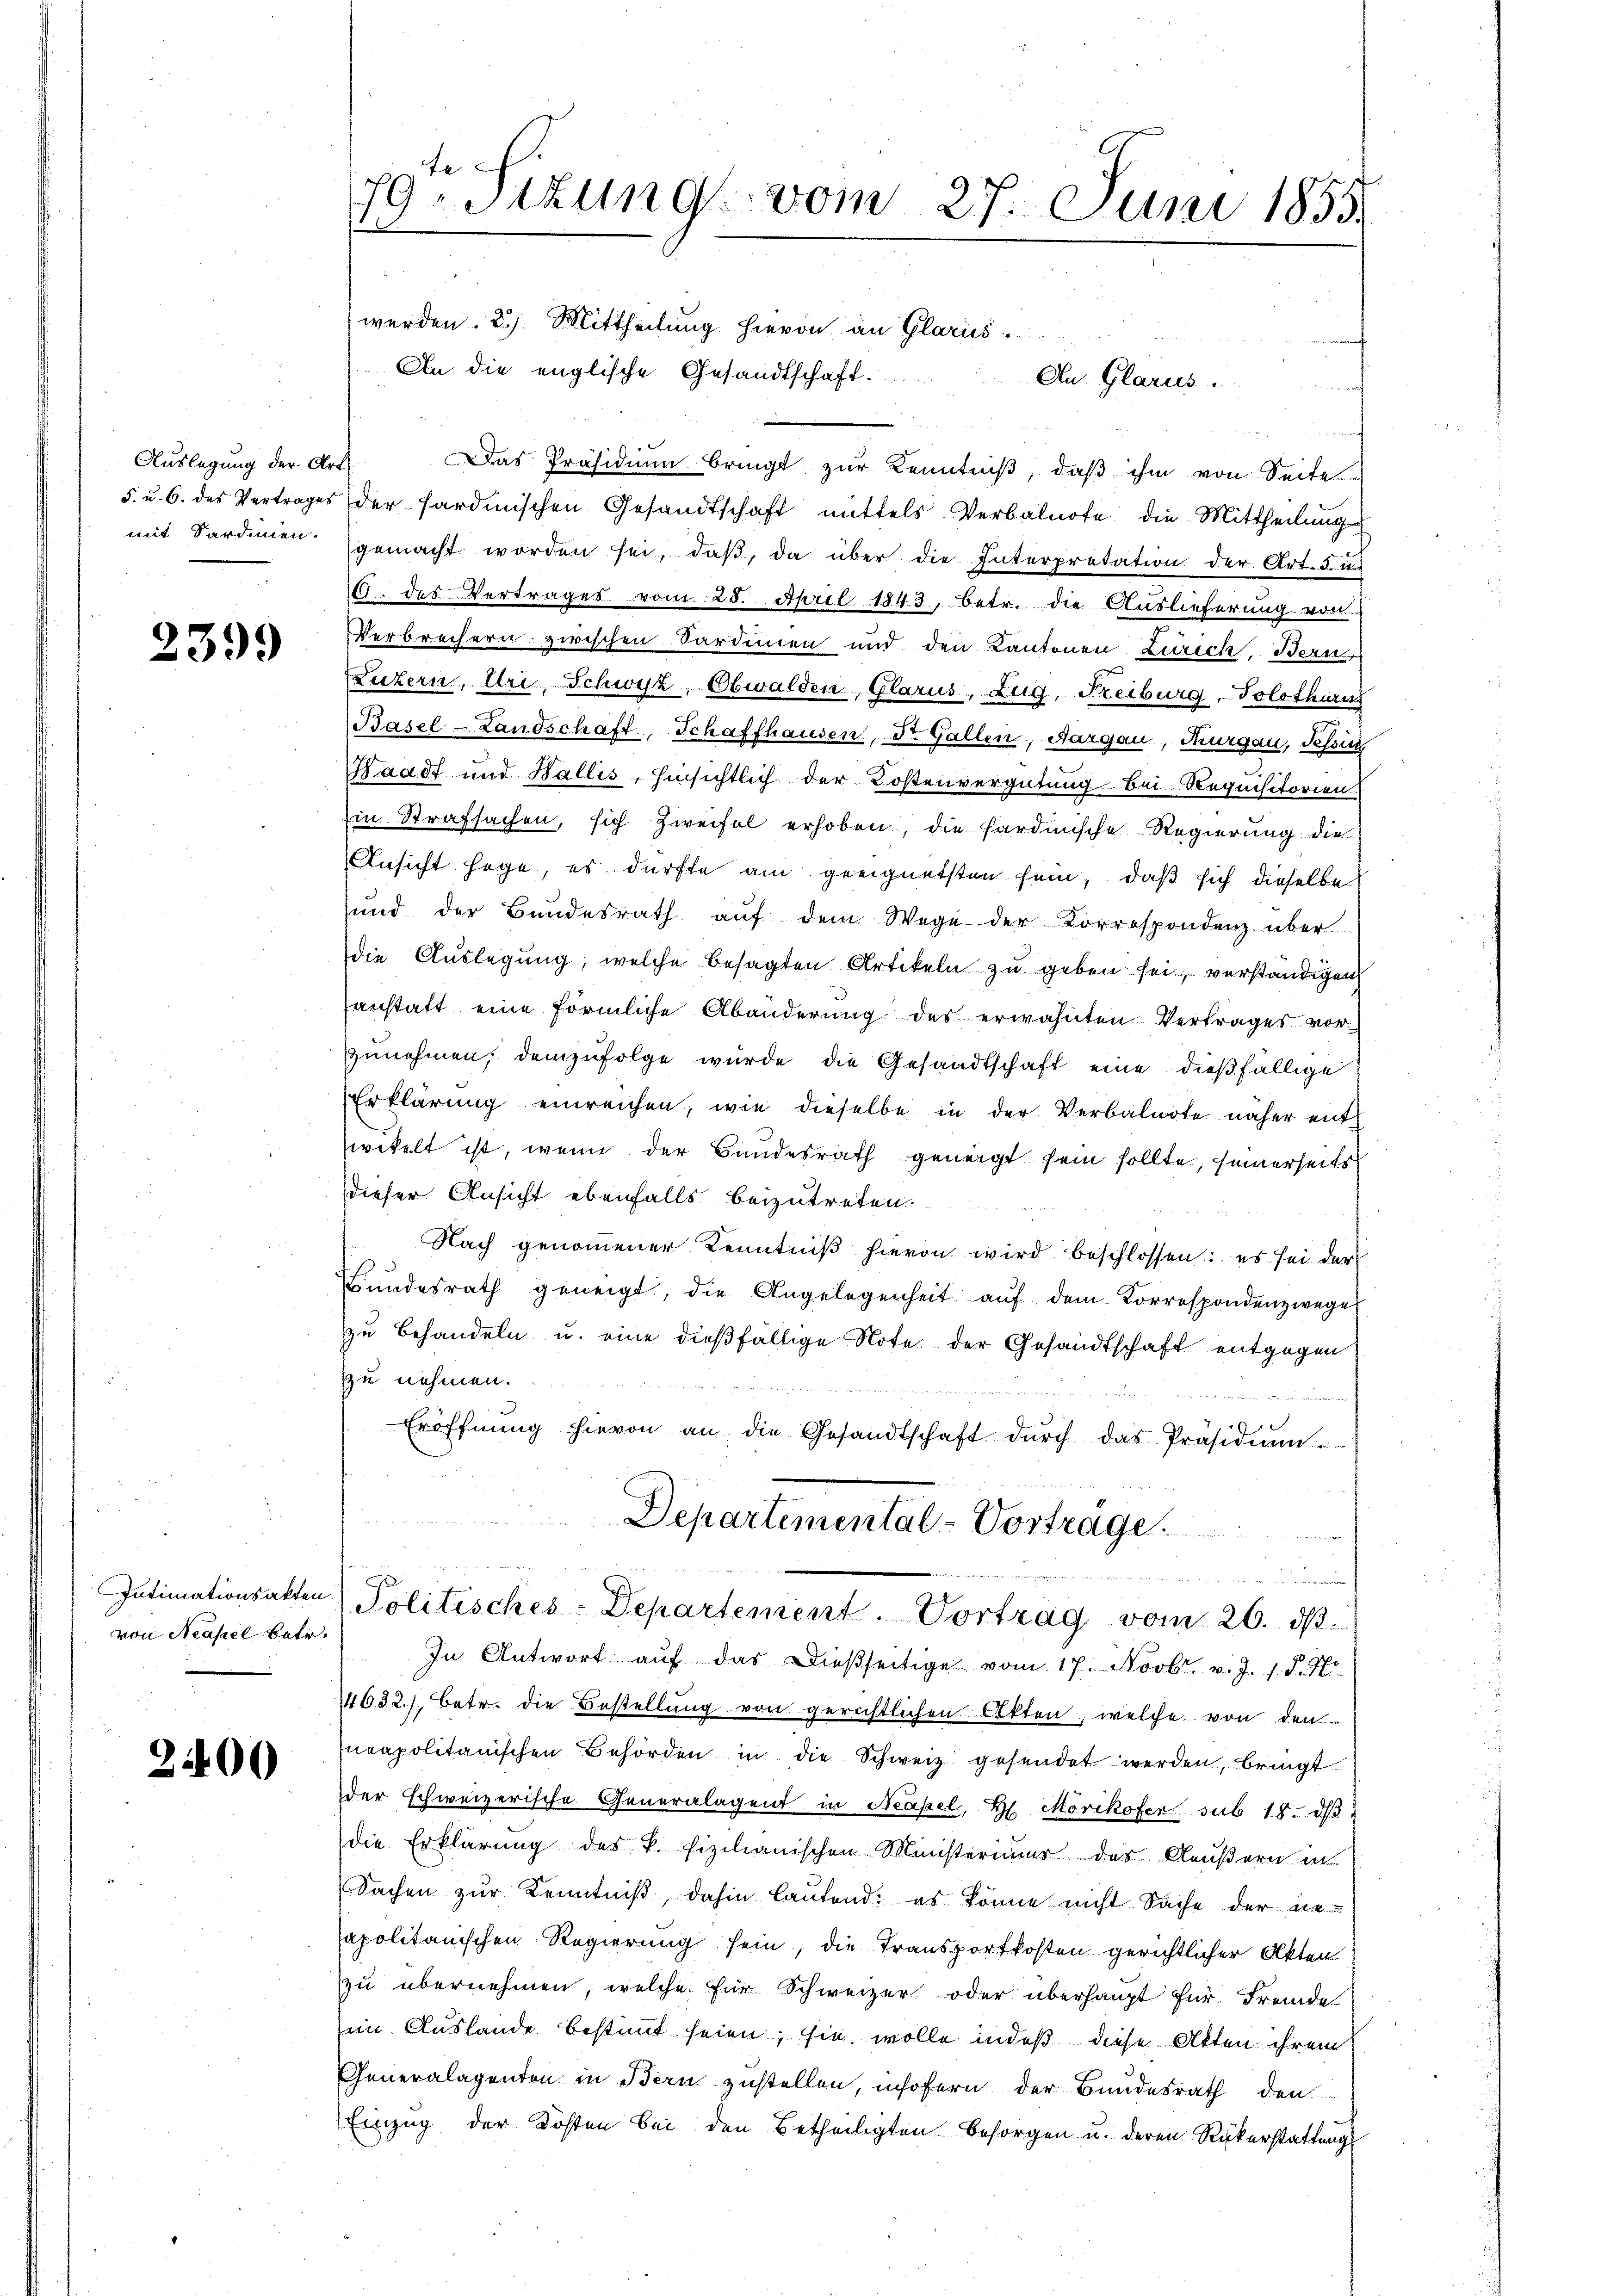
Auslegung der Art
mit Sardinien.

239.

von Neapel betr.

2400

79ten Sitzung vom 27. Juni 1855.
werden. 2) Mittheilung hievon an Glarus

An die englische Gesandtschaft.
w
Das Präsidium bringt zur Kenntniß, daß ihm von Seite
5. u. 6. des Vertrages der Sardinischen Gesandtschaft mittels Verbalnote die Mittheilung
gemacht worden sei, daβ, da über die Interpretation der Art. 5. un
19. des Verträger vom 25. April 1843, betr. die Auslieferung von
Verbrechern zwischen Sardinien und den Kantonen Zürich, Bern,
Luzern, Uri, Schwyz, Obwalden Glarus, Zug, Freiburg, Solothurn
Basel-Landschaft, Schaffhausen, Dr. Gallen, Aargau, Thurgau, Tessin
Waadt und Wallis, hinsichtlich der Kostenvergütung bei Requisitorien
in Strafsachen, sich Zweifel erhoben, die hardinische Regierung die
Ansicht sage, es dürfte am geeignetsten sein, daß sich dieselbe
sund der Bundesrath aŭf dem Wege der Korrespondenz über
die Auslegung, welche besagten Artikeln zu geben sei, verständigen
anstatt eine förmliche Abänderung des erwähnten Vertrages vor-
zŭnehmen, demzufolge würde die Gesandtschaft eine dießfällige
Erklärung einreichen, wie dieselbe in der Verbalnote näher ent
wikelt ist, wenn der Bundesrath geneigt sein sollte, seinerseits
dieser Ansicht ebenfalls beizutreten.
Nach genommener Kenntniß hievon wird beschlossen: es sei der
Bundesrath geneigt, die Angelegenheit aŭf dem Korrespondenzwege
zu behandeln u. eine dießfällige Note der Gesandtschaft entgegen
zu nehmen.

d
1
Eröffnŭng hievon an die Gesandtschaft dŭrch das Präsidium.
Departemental-Vorträge.
schen d. 1, wenn man man erinnenen
Intimationsakten Politisches-Departement. Vortrag vom 26. dβ.
In Antwort aŭf das Dießseitige vom 17. Novbr. v. J. 18. No
14632), betr. die Bestellung von gerichtlichen Akten, welche von den
neapolitanischen Behörden in die Schweiz gesendet werden, bringt
der schweizerische Generalagen in Neapel, H. Morikofer sub 18. dβ
die Erklärung des k. fizilianischen Ministerium des Aeußern in
Sachen zŭr Kenntniβ, dahin laufend: es könne nicht Sache der nie-
apolitanischen Regierung sein, die Transportkosten gerichtlicher Akten.
zu übernehmen, welche für Schweizer oder überhaupt für Fremde
im Auslande bestimmt seien; sie wolle indeß diese Akten ihrem
Generalagenten in Bern zustellen, insofern der Bundesrath den
Einzug der Kosten bei den Betheiligten besorgen u. deren Rükerstattung

An Glarus.